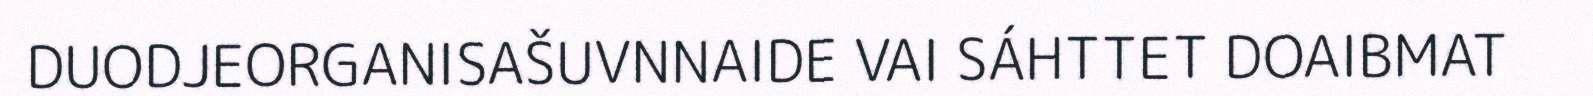
DUODJEORGANISAŠUVNNAIDE VAI SÁHTTET DOAIBMAT